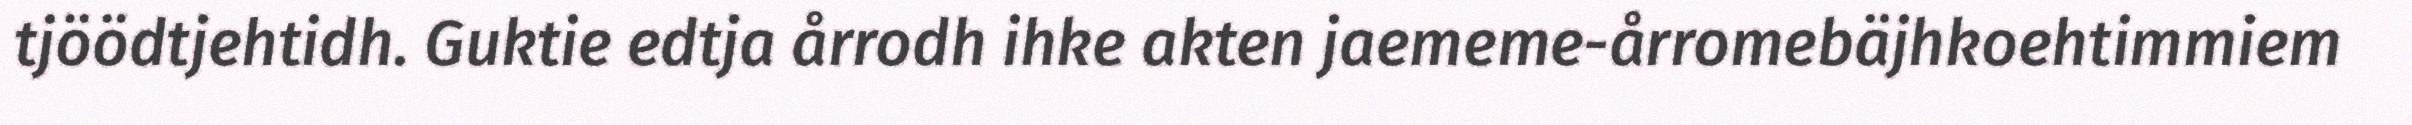
tjöödtjehtidh. Guktie edtja årrodh ihke akten jaememe-årromebäjhkoehtimmiem